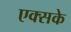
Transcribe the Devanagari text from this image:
एक्सके